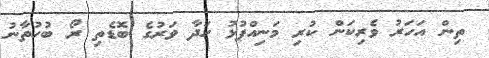
ތިން އަހަރު ވެރިކަން ކުރި މަނިއްޕުޅު ހަދާ ވަރުގެ ބޮޑެތި ރޯ ބުހުތާނު